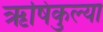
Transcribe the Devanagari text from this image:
ऋषिकुल्या